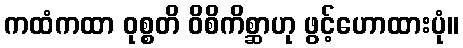
ကထံကထာ ဝုစ္စတိ ဝိစိကိစ္ဆာဟု ဖွင့်ဟောထားပုံ။